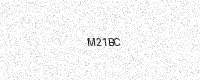
Text: M21BC